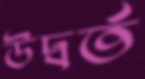
উদ্বর্ত